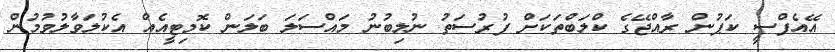
އޭއެފްސީ ކަޕުން ރާއްޖޭގެ ކްލަބްތަކަށް ފުރުސަތު ނުލިބުނު މައްސަލަ ބަލަން ކޮމިޓީއެއް އެކުލަވާލުވުމުން